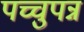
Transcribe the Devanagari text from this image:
पच्चुपन्न